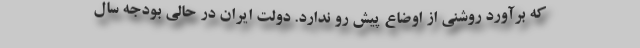
که برآورد روشنی از اوضاع پیش رو ندارد. دولت ایران در حالی بودجه سال